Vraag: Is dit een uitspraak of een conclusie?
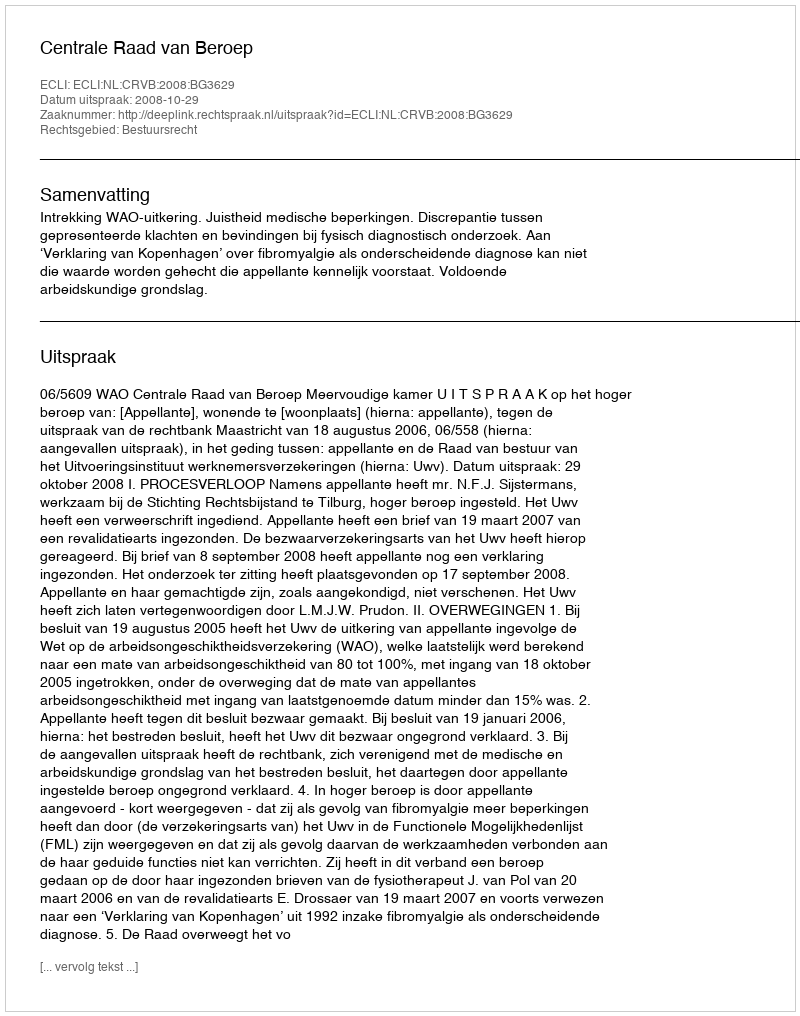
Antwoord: Uitspraak